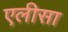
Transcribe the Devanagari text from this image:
एलीसा